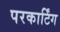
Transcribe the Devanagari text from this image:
परकार्टिंग